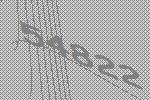
54822